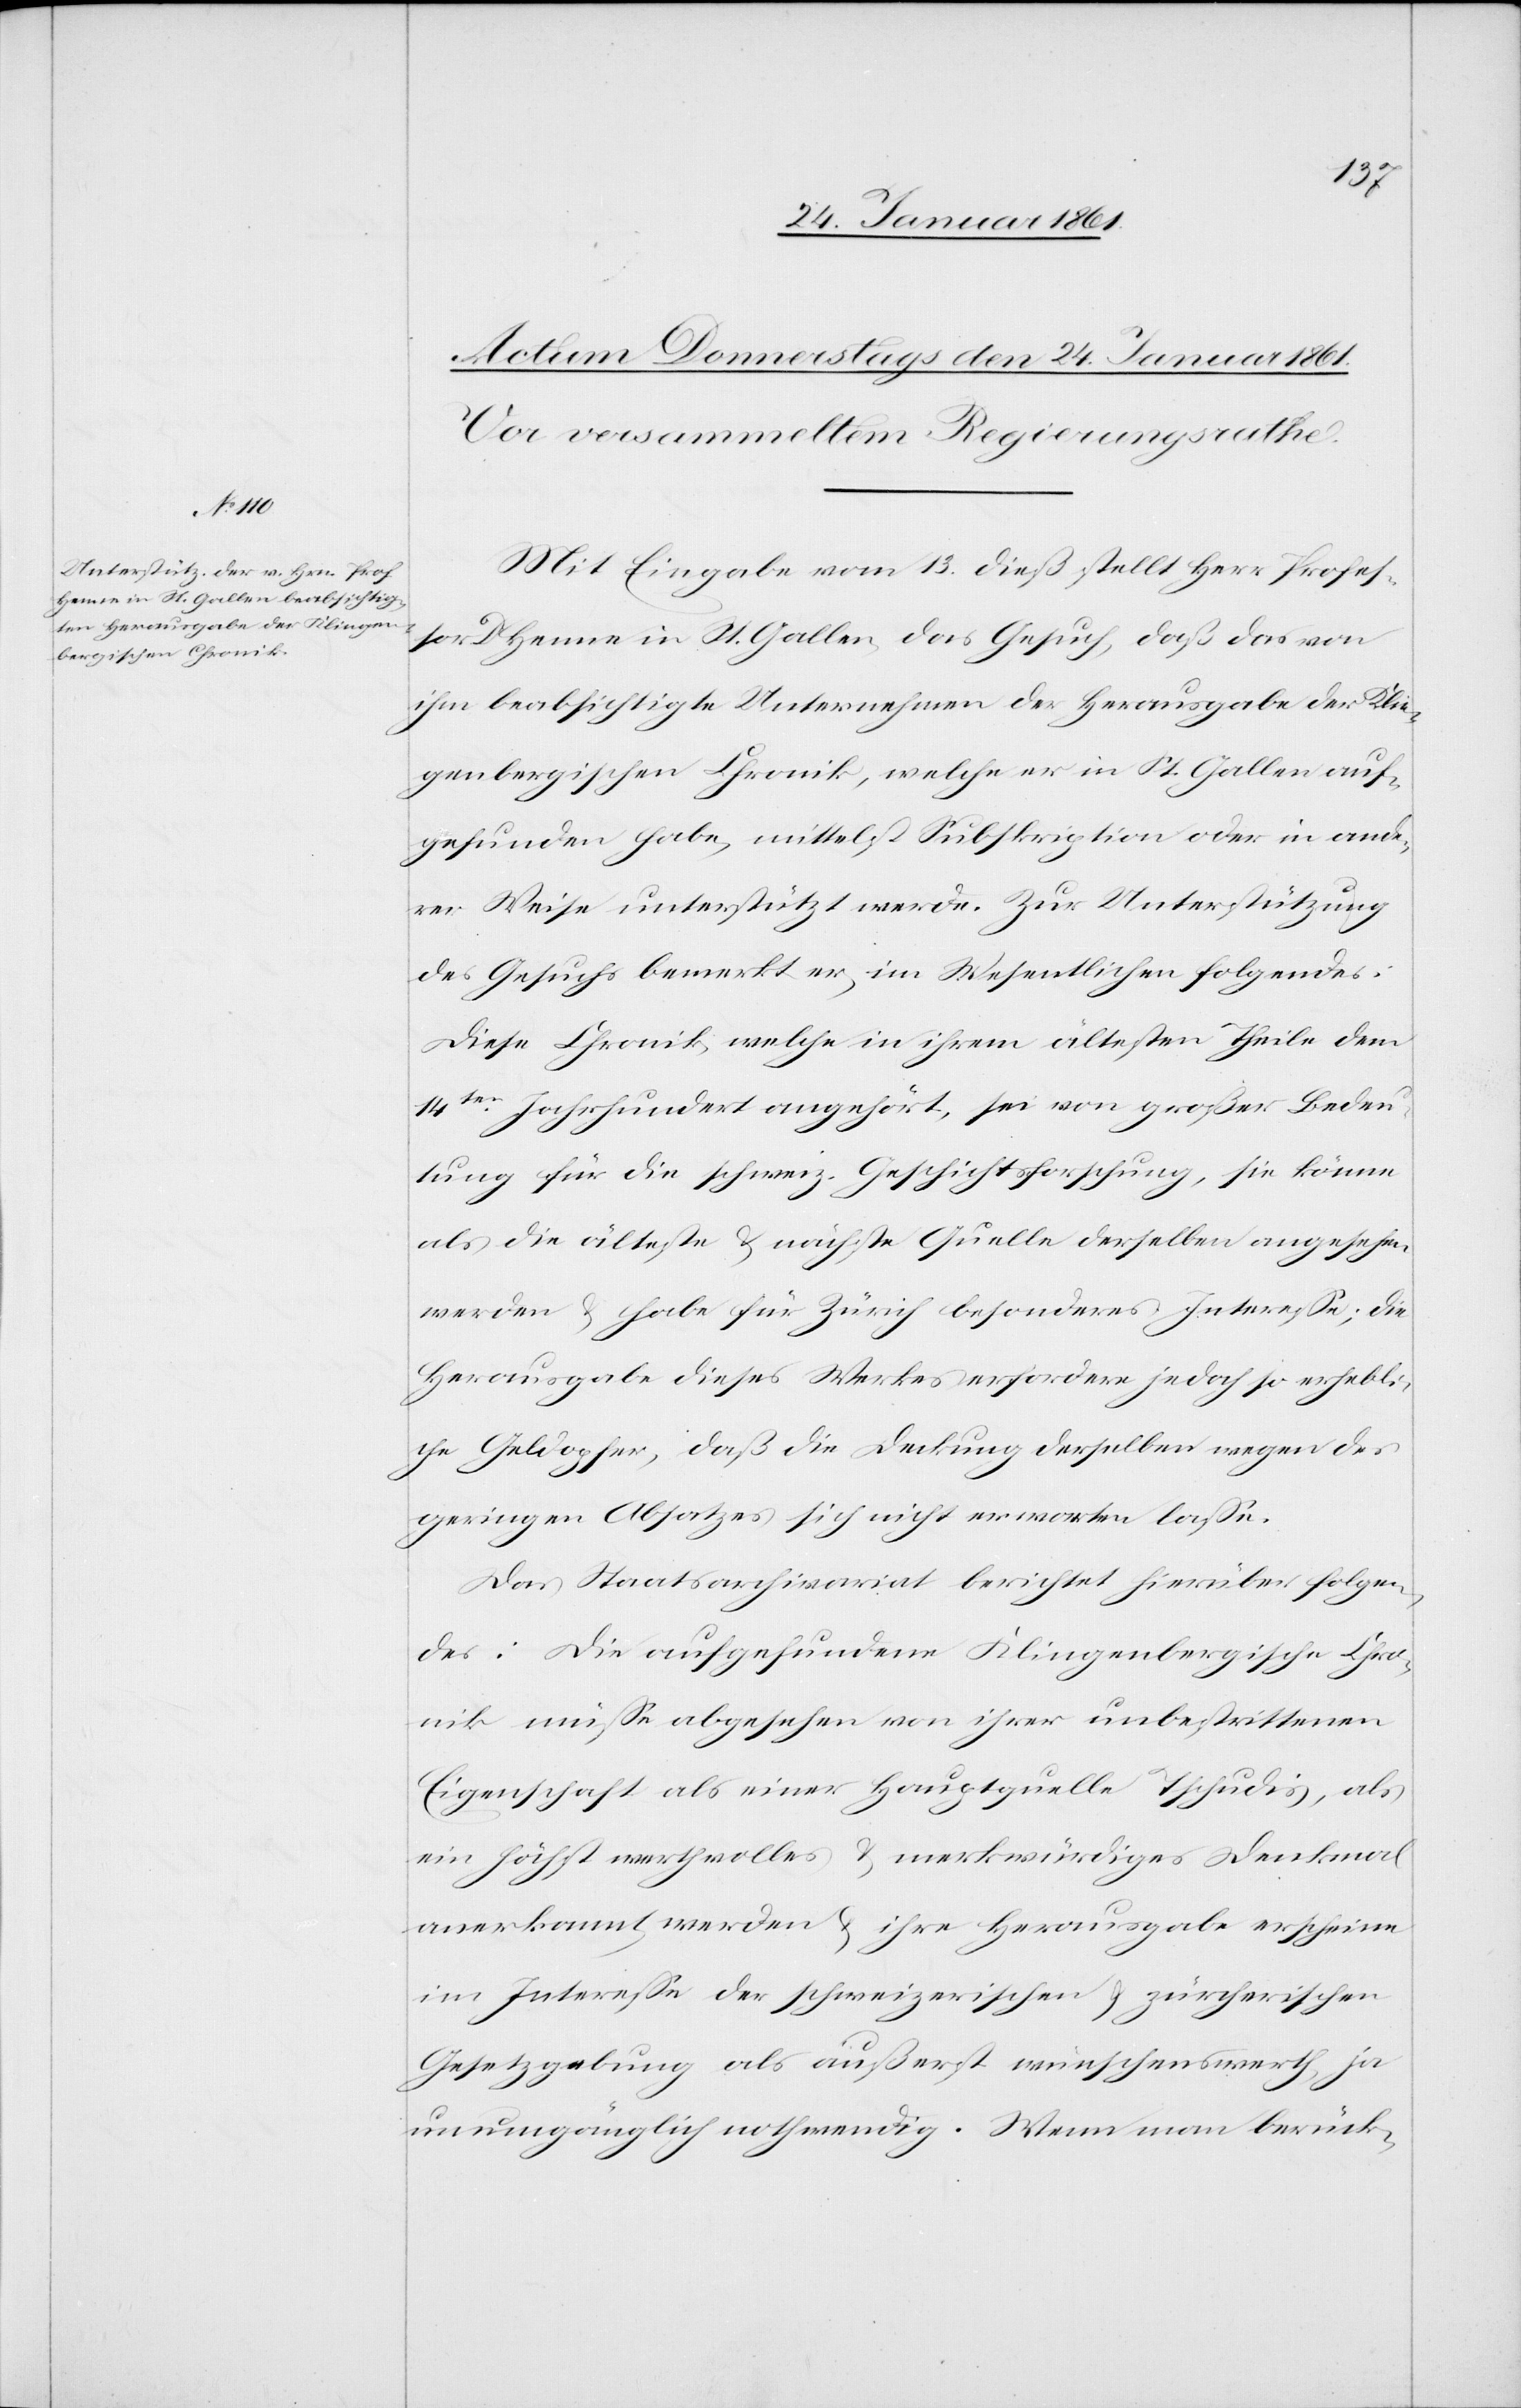
Mit Eingabe vom 13. dieß stellt Herr Profes¬
sor Dr. Henne in St. Gallen das Gesuch, daß das von
ihm beabsichtigte Unternehmen der Herausgabe der Klin¬
genbergischen Chronik, welche er in St. Gallen auf¬
gefunden habe, mittelst Subskription oder in ande¬
rer Weise unterstützt werde. Zur Unterstützung
des Gesuchs bemerkt er im Wesentlichen folgendes:
Diese Chronik, welche in ihrem ältesten Theile dem
14ten Jahrhundert angehört, sei von großer Bedeu¬
tung für die schweiz. Geschichtsforschung, sie könne
als die älteste u. nächste Quelle derselben angesehen
werden u. habe für Zürich besonderes Interesse; die
Herausgabe dieses Werkes erfordere jedoch so erhebli¬
che Geldopfer, daß die Deckung derselben wegen des
geringen Absatzes sich nicht erwarten lasse.
Das Staatsarchivariat berichtet hierüber folgen¬
des: Die aufgefundene Klingenbergische Chro¬
nik müsse abgesehen von ihrer unbestrittenen
Eigenschaft als einer Hauptquelle Tschudis, als
ein höchst werthvolles u. merkwürdiges Denkmal
anerkannt werden u. ihre Herausgabe scheine
im Interesse der schweizerischen u. zürcherischen
Gesetzgebung als äußerst wünschenswerth, ja
unumgänglich nothwendig. Wenn man berück-